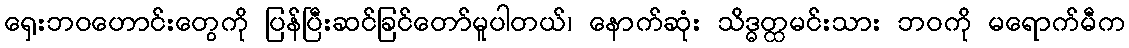
ရှေးဘဝဟောင်းတွေကို ပြန်ပြီးဆင်ခြင်တော်မူပါတယ်၊ နောက်ဆုံး သိဒ္ဓတ္ထမင်းသား ဘဝကို မရောက်မီက